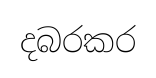
දබරකර